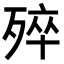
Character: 𣨛